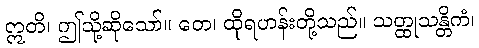
ဣတိ၊ ဤသို့ဆိုသော်။ တေ၊ ထိုရဟန်းတို့သည်။ သတ္ထုသန္တိကံ၊